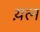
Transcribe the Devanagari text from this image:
य़त्न